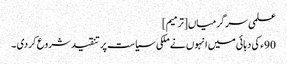
علمی سرگرمیاں[ترمیم]
90ء کی دہائی میں انہوں نے ملکی سیاست پر تنقید شروع کر دی ۔